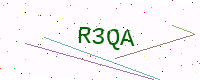
Text: R3QA